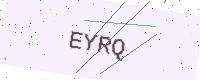
Text: EYRQ